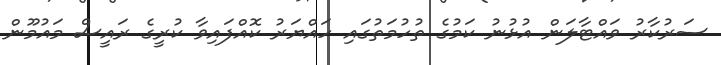
ސަރުކާރު ވައްޓާލަން އުޅުނު ކަމުގެ ތުހުމަތުގައި ހައްޔަރު ކޮއްފައިވާ ކުރީގެ ރައީސް މައުމޫން